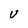
Character: V